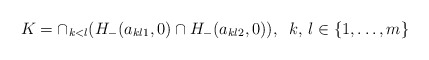
\begin{align*}K= \cap_{k<l} (H_-(a_{kl1},0)\cap H_-(a_{kl2},0)), \;\;k,\,l\in \{1,\dots,m\}\end{align*}